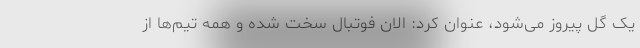
یک گل پیروز می‌شود، عنوان کرد: الان فوتبال سخت شده و همه تیم‌ها از